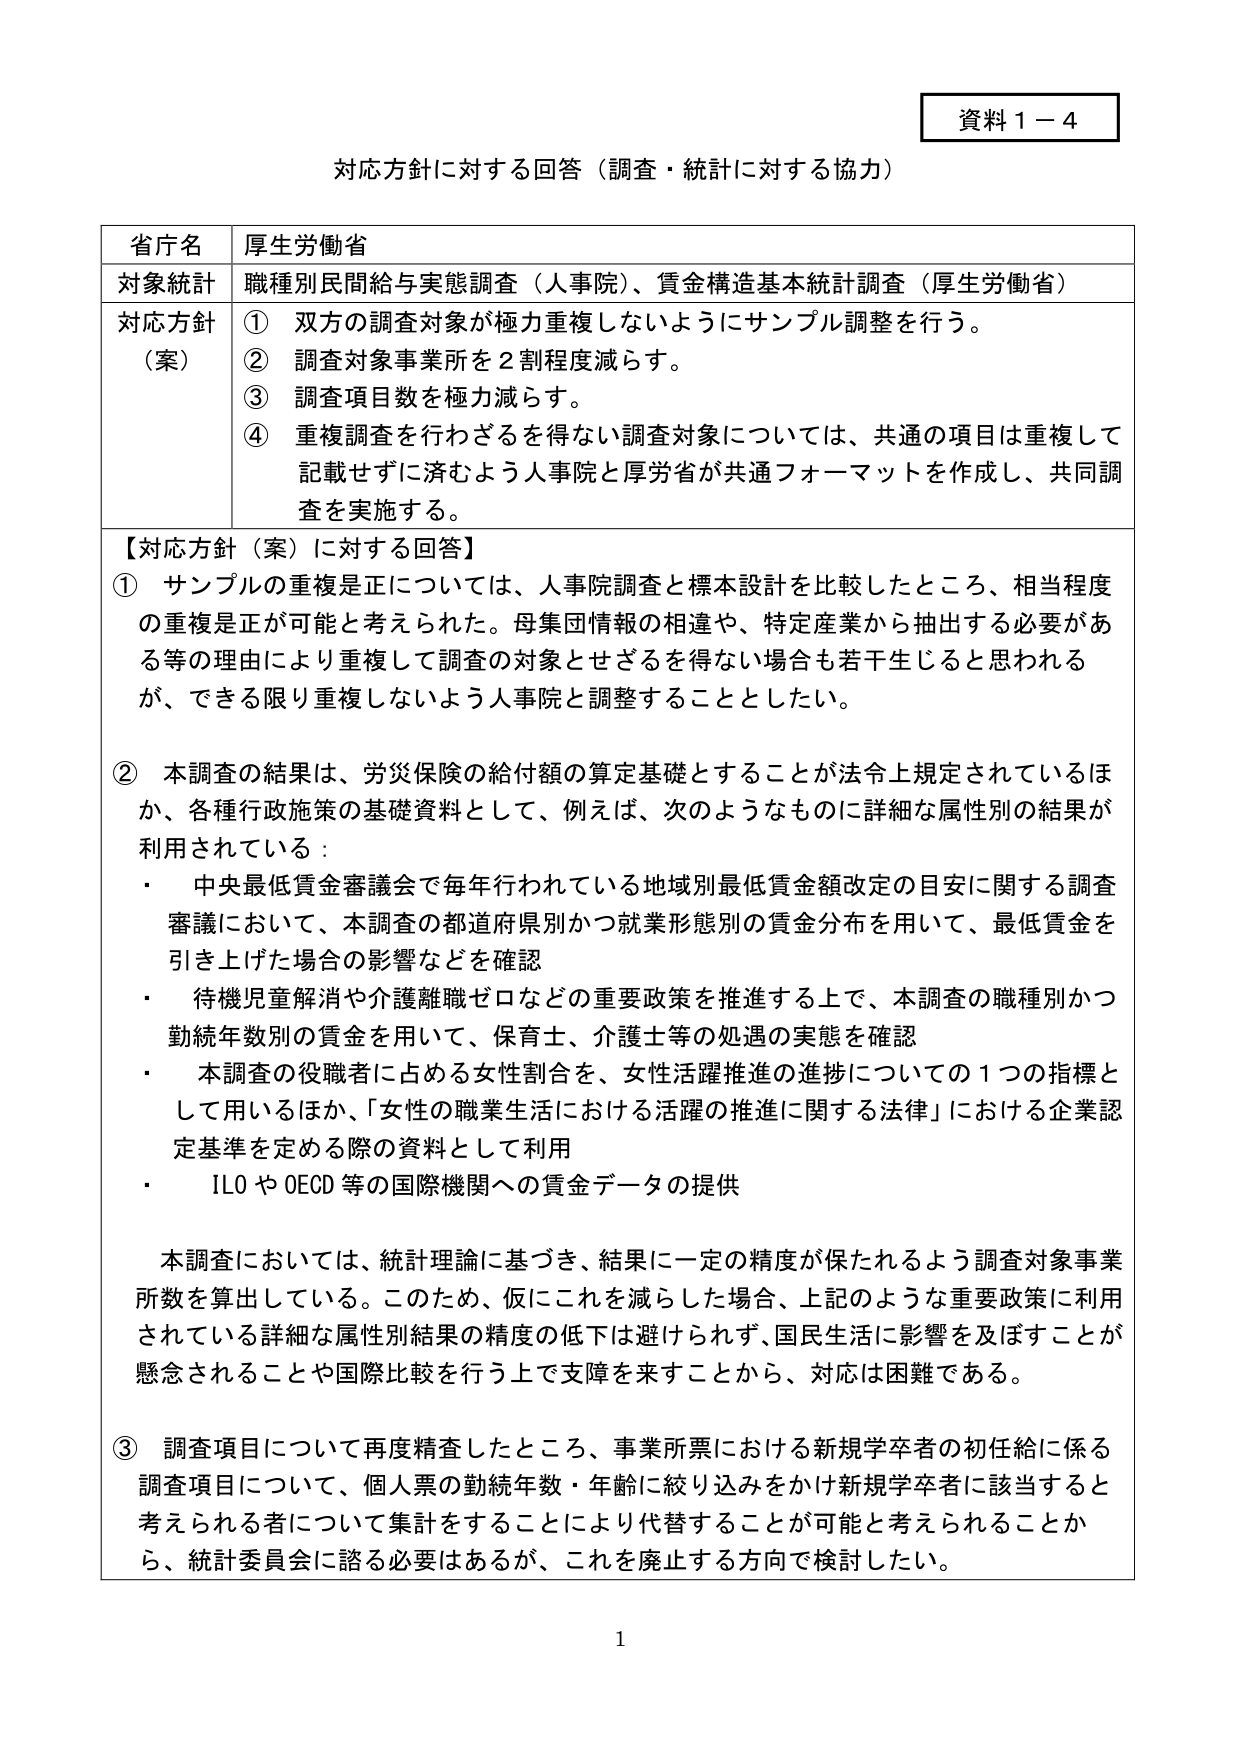
資料１－４

対応方針に対する回答（調査・統計に対する協力）

省庁名 厚生労働省
対象統計 職種別民間給与実態調査（人事院）、賃金構造基本統計調査（厚生労働省）
対応方針 （案） ① 双方の調査対象が極力重複しないようにサンプル調整を行う。
② 調査対象事業所を２割程度減らす。
③ 調査項目数を極力減らす。
④ 重複調査を行わざるを得ない調査対象については、共通の項目は重複して記載せずに済むよう人事院と厚労省が共通フォーマットを作成し、共同調査を実施する。

【対応方針（案）に対する回答】
① サンプルの重複は正については、人事院調査と標本設計を比較したところ、相当程度の重複は正が可能と考えられた。母集団情報の相違や、特定産業から抽出する必要がある等の理由により重複して調査の対象とせざるを得ない場合も若干生じると思われるが、できる限り重複しないよう人事院と調整することとした。

② 本調査の結果は、労災保険の給付額の算定基礎とすることが法令上規定されているほか、各種行政施策の基礎資料として、例えば、次のようなものに詳細な属性別の結果が利用されている：
・ 中央最低賃金審議会で毎年行われている地域別最低賃金額改定の目安に関する調査審議において、本調査の都道府県別かつ就業形態別の賃金分布を用いて、最低賃金を引き上げた場合の影響などを確認
・ 待機児童解消や介護離職ゼロなどの重要政策を推進する上で、本調査の職種別かつ勤続年数別の賃金を用いて、保育士、介護士等の処遇の実態を確認
・ 本調査の役職者に占める女性割合を、女性活躍推進の進捗についての１つの指標として用いるほか、「女性の職業生活における活躍の推進に関する法律」における企業認定基準を定める際の資料として利用
・ ILO や OECD 等の国際機関への賃金データの提供

本調査においては、統計理論に基づき、結果に一定の精度が保たれるよう調査対象事業所数を算出している。このため、仮にこれを減らした場合、上記のような重要政策に利用されている詳細な属性別結果の精度の低下は避けられず、国民生活に影響を及ぼすことが懸念されることや国際比較を行う上で支障を来すことから、対応は困難である。

③ 調査項目について再度精査したところ、事業所票における新規学卒者の初任給に係る調査項目について、個人票の勤続年数・年齢に絞り込みをかけ新規学卒者に該当すると考えられる者について集計をすることにより代替することが可能と考えられることから、統計委員会に諮る必要はあるが、これを廃止する方向で検討したい。

1